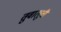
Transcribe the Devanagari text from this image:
तुवालूची